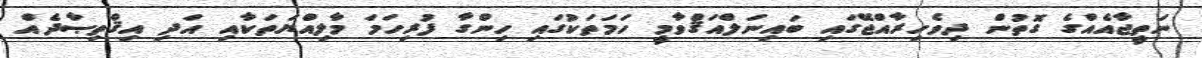
ނަތީޖާއެއްގެ ގޮތުން ދިވެހިރާއްޖޭގައި ބައިނަލްއަޤްވާމީ ހަމަތަކުގައި ހިންގާ ފުރިހަމަ މާލިއްޔަތަކާއި އަދި އިޤްތިޞާދެއް